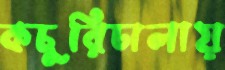
কচুরিঢালায়